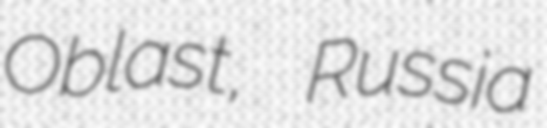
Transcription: Oblast, Russia